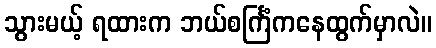
သွားမယ့် ရထားက ဘယ်စင်္ကြံကနေထွက်မှာလဲ။